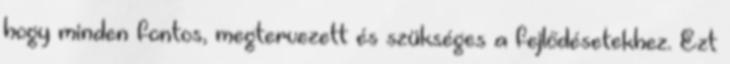
hogy minden fontos, megtervezett és szükséges a fejlődésetekhez. Ezt